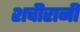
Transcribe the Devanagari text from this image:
शचीरानी